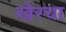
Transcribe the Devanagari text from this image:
खेरचा